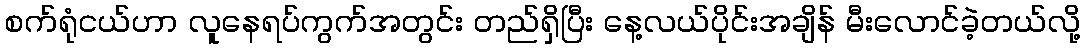
စက်ရုံငယ်ဟာ လူနေရပ်ကွက်အတွင်း တည်ရှိပြီး နေ့လယ်ပိုင်းအချိန် မီးလောင်ခဲ့တယ်လို့